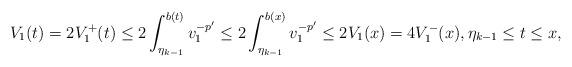
LaTeX: \begin{align*} V_1(t)=2V_1^+(t)\le 2\int_{\eta_{k-1}}^{b(t)}v_1^{-p'}\le 2\int_{\eta_{k-1}}^{b(x)}v_1^{-p'} \le 2V_1(x)=4V_1^-(x), \eta_{k-1}\le t\le x,\end{align*}